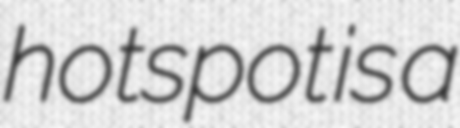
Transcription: hotspot is a